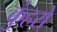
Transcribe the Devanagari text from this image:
कुंहरों